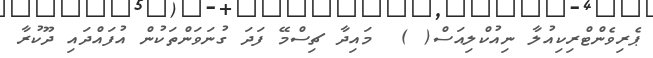
ޕެރިވެންޓްރިކިއުލާ ނިއުކްލިއަސް( )  މައިދާ ޗިސްމޭ ފަދަ ގުނަވަންތަކުން އުފައްދައި ދޫކުރާ